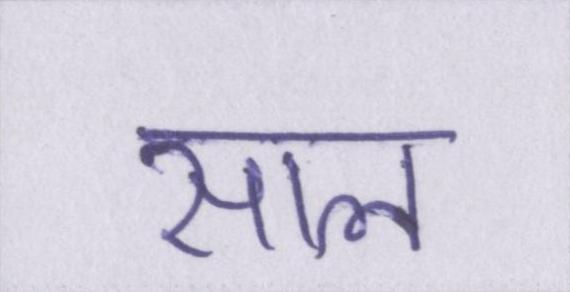
साल